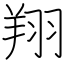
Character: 翔